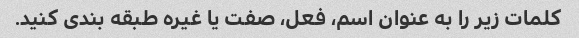
کلمات زیر را به عنوان اسم، فعل، صفت یا غیره طبقه بندی کنید.